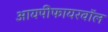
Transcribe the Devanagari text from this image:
आयपीफायरवॉल